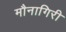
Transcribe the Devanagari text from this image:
मौनागिरी